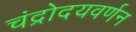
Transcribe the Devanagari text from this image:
चंद्रोदयवर्णन